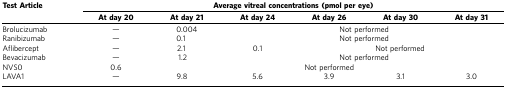
| <ROWSPAN=2> Test Article | <COLSPAN=6> Average vitreal concentrations (pmol per eye) |
 | At day 20 | At day 21 | At day 24 | At day 26 | At day 30 | At day 31 |
 | --- | --- | --- | --- | --- | --- | --- |
 | Brolucizumab | — | 0.004 | <COLSPAN=4> Not performed |
 | Ranibizumab | — | 0.1 | <COLSPAN=4> Not performed |
 | Aflibercept | — | 2.1 | 0.1 | <COLSPAN=3> Not performed |
 | Bevacizumab | — | 1.2 | <COLSPAN=4> Not performed |
 | NVS0 | 0.6 | <COLSPAN=5> Not performed |
 | LAVA1 | — | 9.8 | 5.6 | 3.9 | 3.1 | 3.0 |